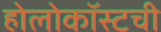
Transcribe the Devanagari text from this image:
होलोकॉस्टची